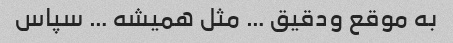
به موقع و‌دقیق … مثل همیشه … سپاس